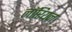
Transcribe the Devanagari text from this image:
लॉरियन